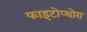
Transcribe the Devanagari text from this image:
फाइटोप्थोरा